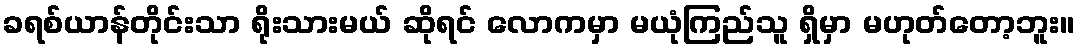
ခရစ်ယာန်တိုင်းသာ ရိုးသားမယ် ဆိုရင် လောကမှာ မယုံကြည်သူ ရှိမှာ မဟုတ်တော့ဘူး။